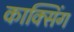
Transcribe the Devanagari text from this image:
काक्सिंग